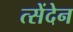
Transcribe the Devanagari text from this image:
त्सेंदेन